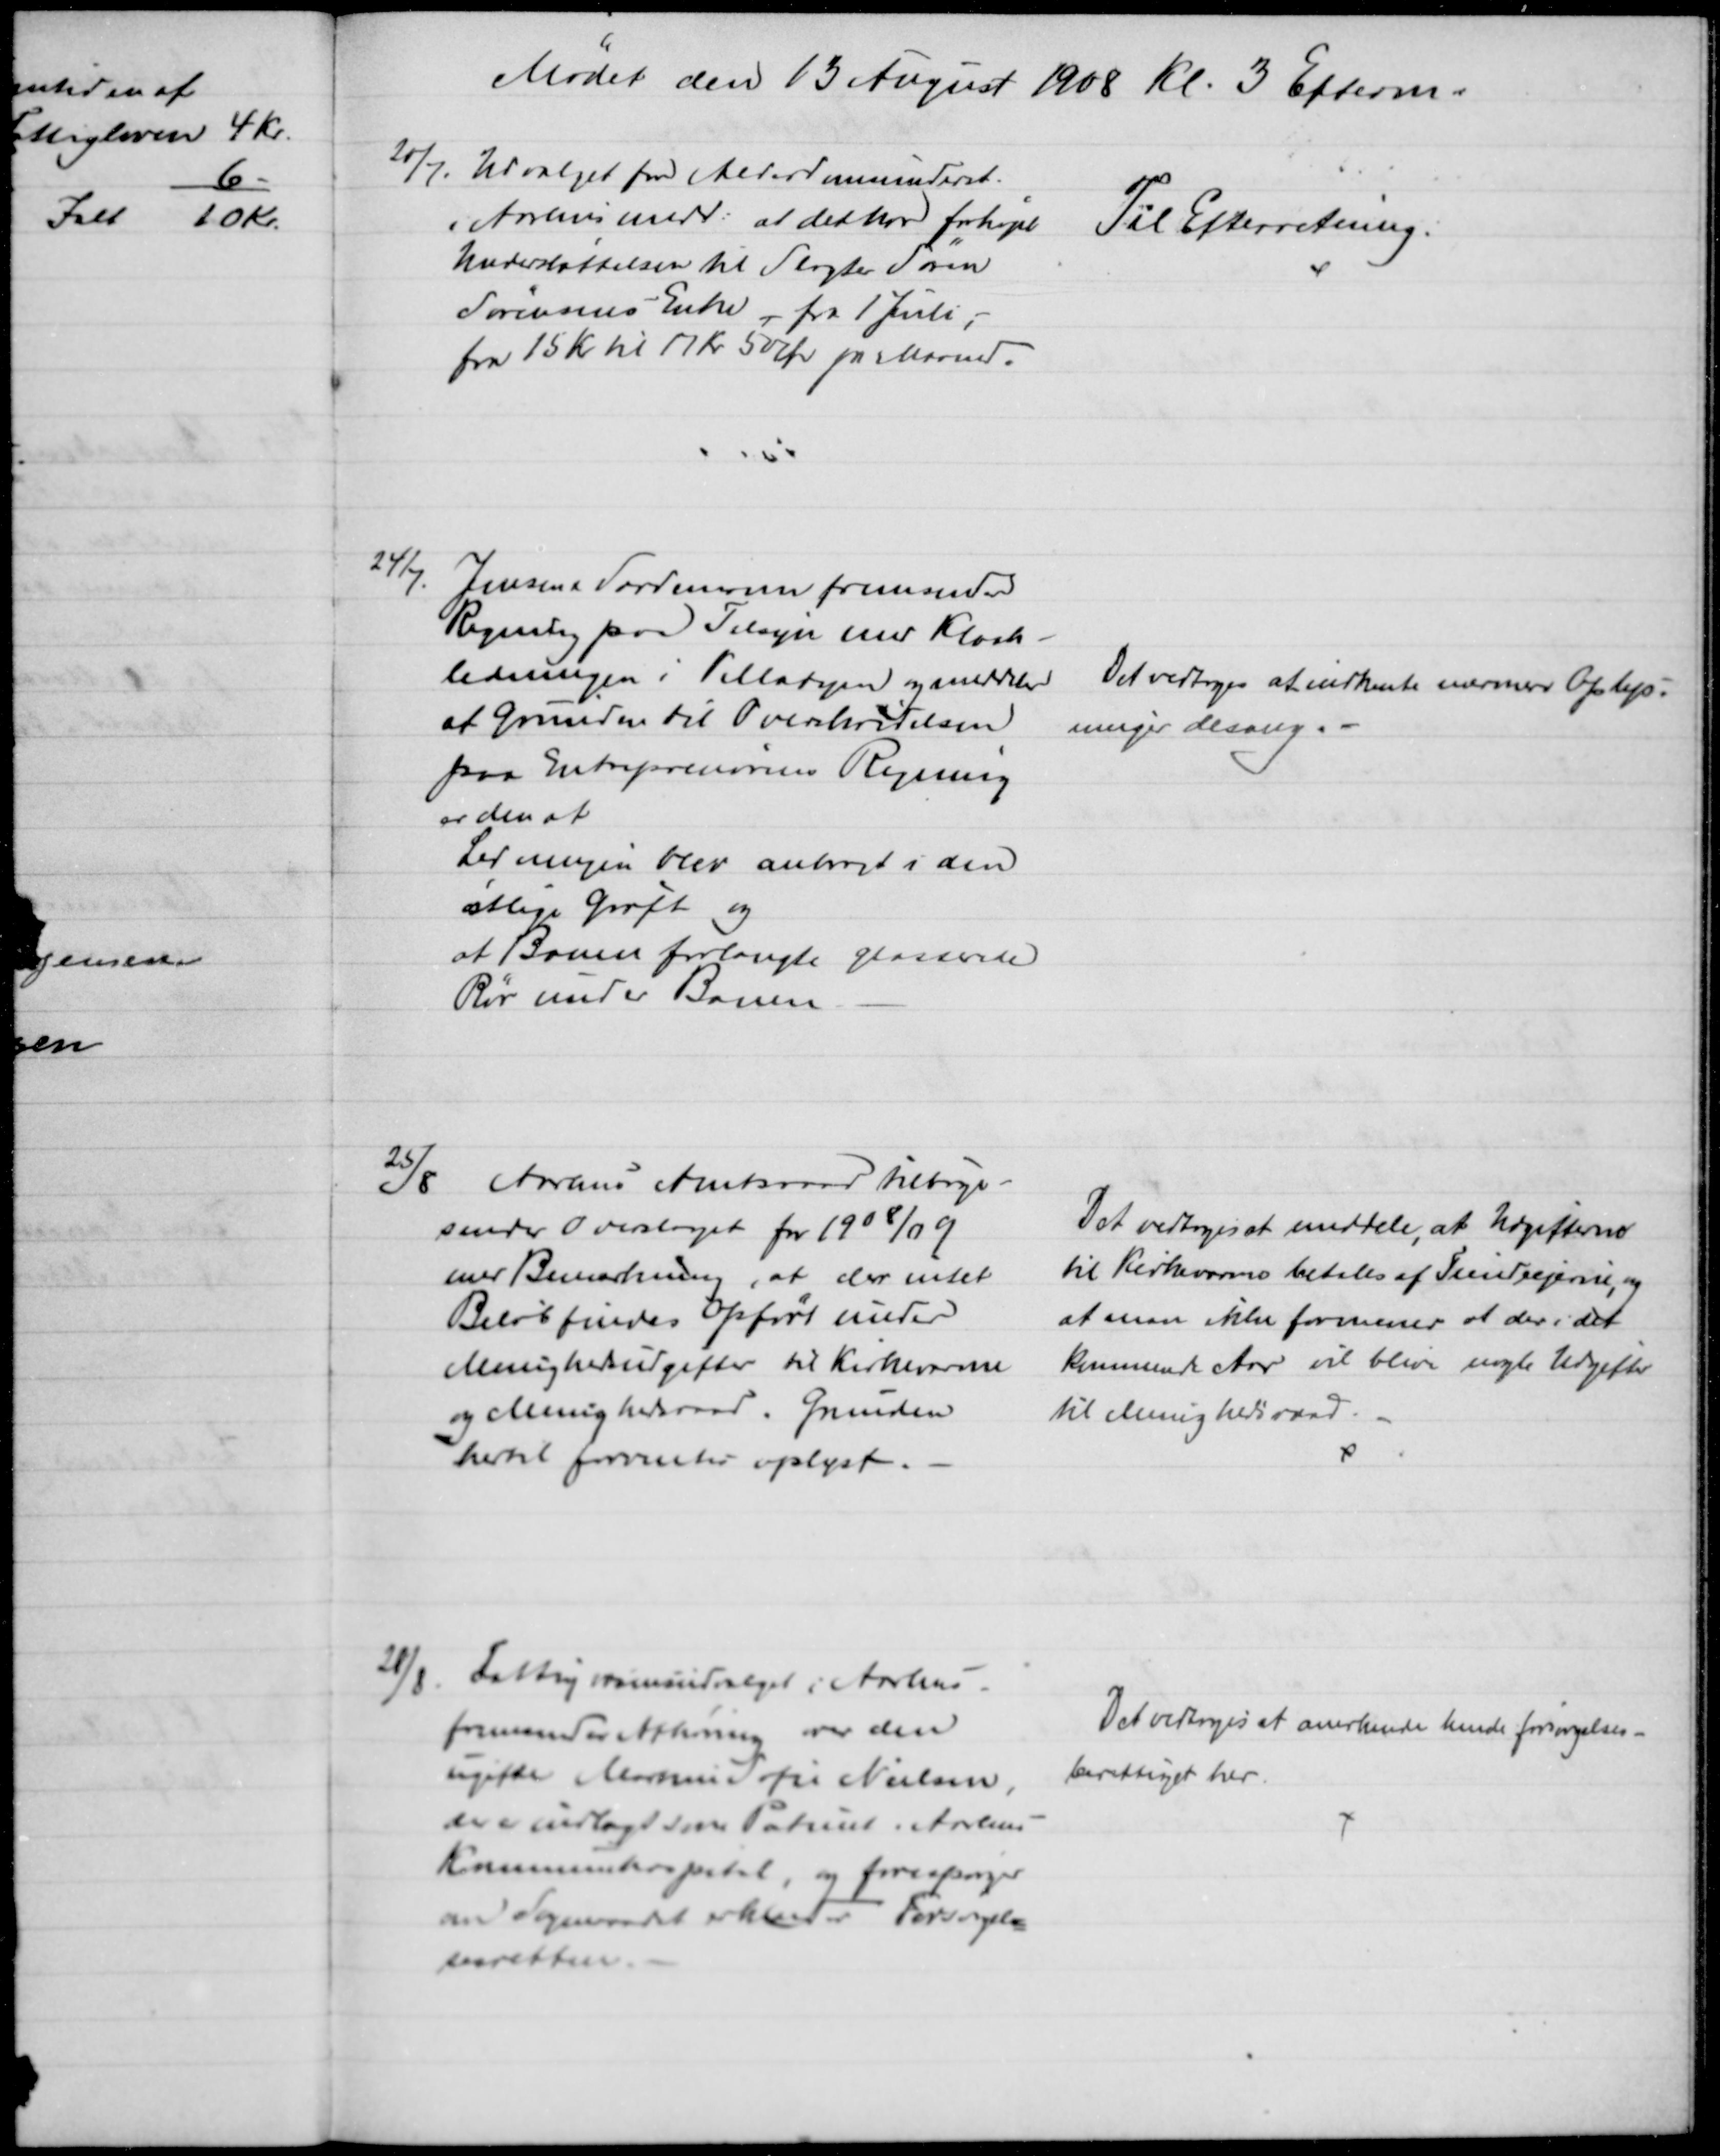
Transskription:
Mødet den 13 August 1908 Kl. 3 Efterm.
20/7.
Udvalget for Alderdomsunderst.
i Aarhus medd: at det har forhøjet
Understøttelsen til Slagter Søren
Sørensens Enke, fra 1 Juli,
fra 15 Kr til 17 Kr 50 Øre pr Maaned.
Til Efterretning.
24/7.
Jensen og Sardemann fremsender
Regning paa Tilsyn med Kloak-
ledningen i Villabyen og meddeler
at Grunden til Overskrivelsen
paa Entreprenørens Regning
er den at
Ledningen blev anbragt i den
østlige Grøft og
at Banen forlangte glasserede
Rør under Banen.
Det vedtoges at indhente nærmere Oplys-
ninger desang.
25/8
Aarhus Amtsraad tilbage-
sender Overslaget for 1908/09
med Bemærkning, at der intet
Beløb findes opført under
Menighedsudgifter til Kirkevarme
og Menighedsraad. Grunden
hertil forventes oplyst.
Det vedtoges at meddele, at Udgifterne
til Kirkevarme betales af Tiendeejerne, og
at man ikke formener at der i det
kommende Aar vil blive nogle Udgifter
til Menighedsraad.
28/8. 
Fattigvæsensudvalget i Aarhus.
frremsender Afhøring over den
ugifte Martine Sofie Nielsen,
der er indlagt som Patient i Aarhus
Kommunehospital, og forespørger
om Sogneraadet erkender Forsørgel-
sesretten.
Det vedtoges at anerkende hende forsørgelses-
berettiget her.